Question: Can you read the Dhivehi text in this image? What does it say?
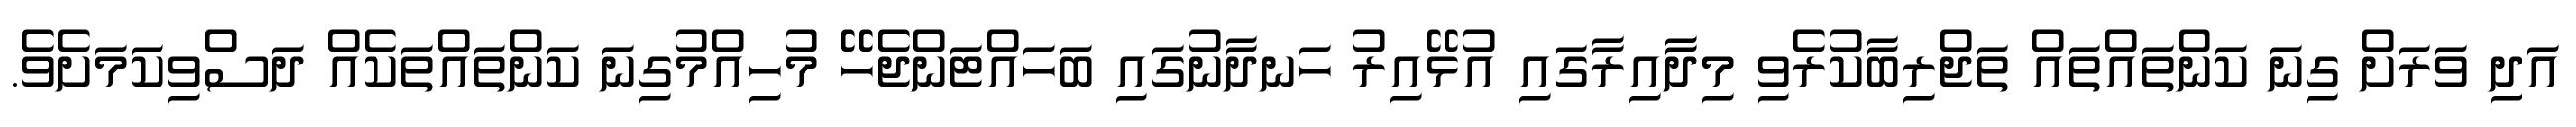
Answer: އަދި ވަރަށް ގިނަ ކަންތައްތައް ތަޖްރިބާކުރެވި މިދާއިރާގައި އުޅޭއިރު ހަނދާނުގައި ބަހައްޓަންޖެހޭ މުހިއްމުގިނަ ކަންތައްތަކެއް ދަސްވިކަމަށެވެ.